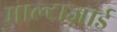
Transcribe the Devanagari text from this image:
माल्टाज़ार्ड